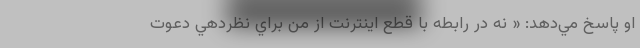
او پاسخ مي‌دهد: « نه در رابطه با قطع اينترنت از من براي نظردهي دعوت